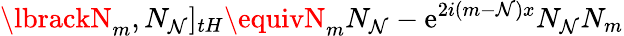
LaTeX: \lbrackN_{m},N_{\mathcal{N}}]_{tH}\equivN_{m}N_{\mathcal{N}}-\mathrm{e}^{2i(m-\mathcal{N})x}N_{\mathcal{N}}N_{m}